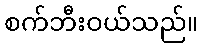
စက်ဘီးဝယ်သည်။